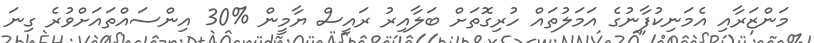
މަންޒަރާއި އެމަނިކުފާނުގެ އަމަލުތައް ހުރިގޮތަށް ބަލާއިރު ރައީސް ޔާމީން %30 އިންސައްތައަށްވުރެ ގިނަ